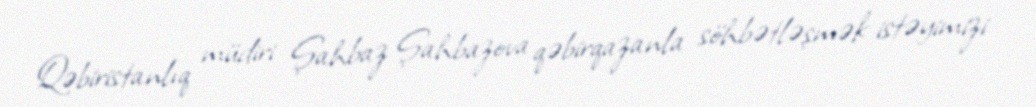
Qəbiristanlıq müdiri Şahbaz Şahbazova qəbirqazanla söhbətləşmək istəyimizi